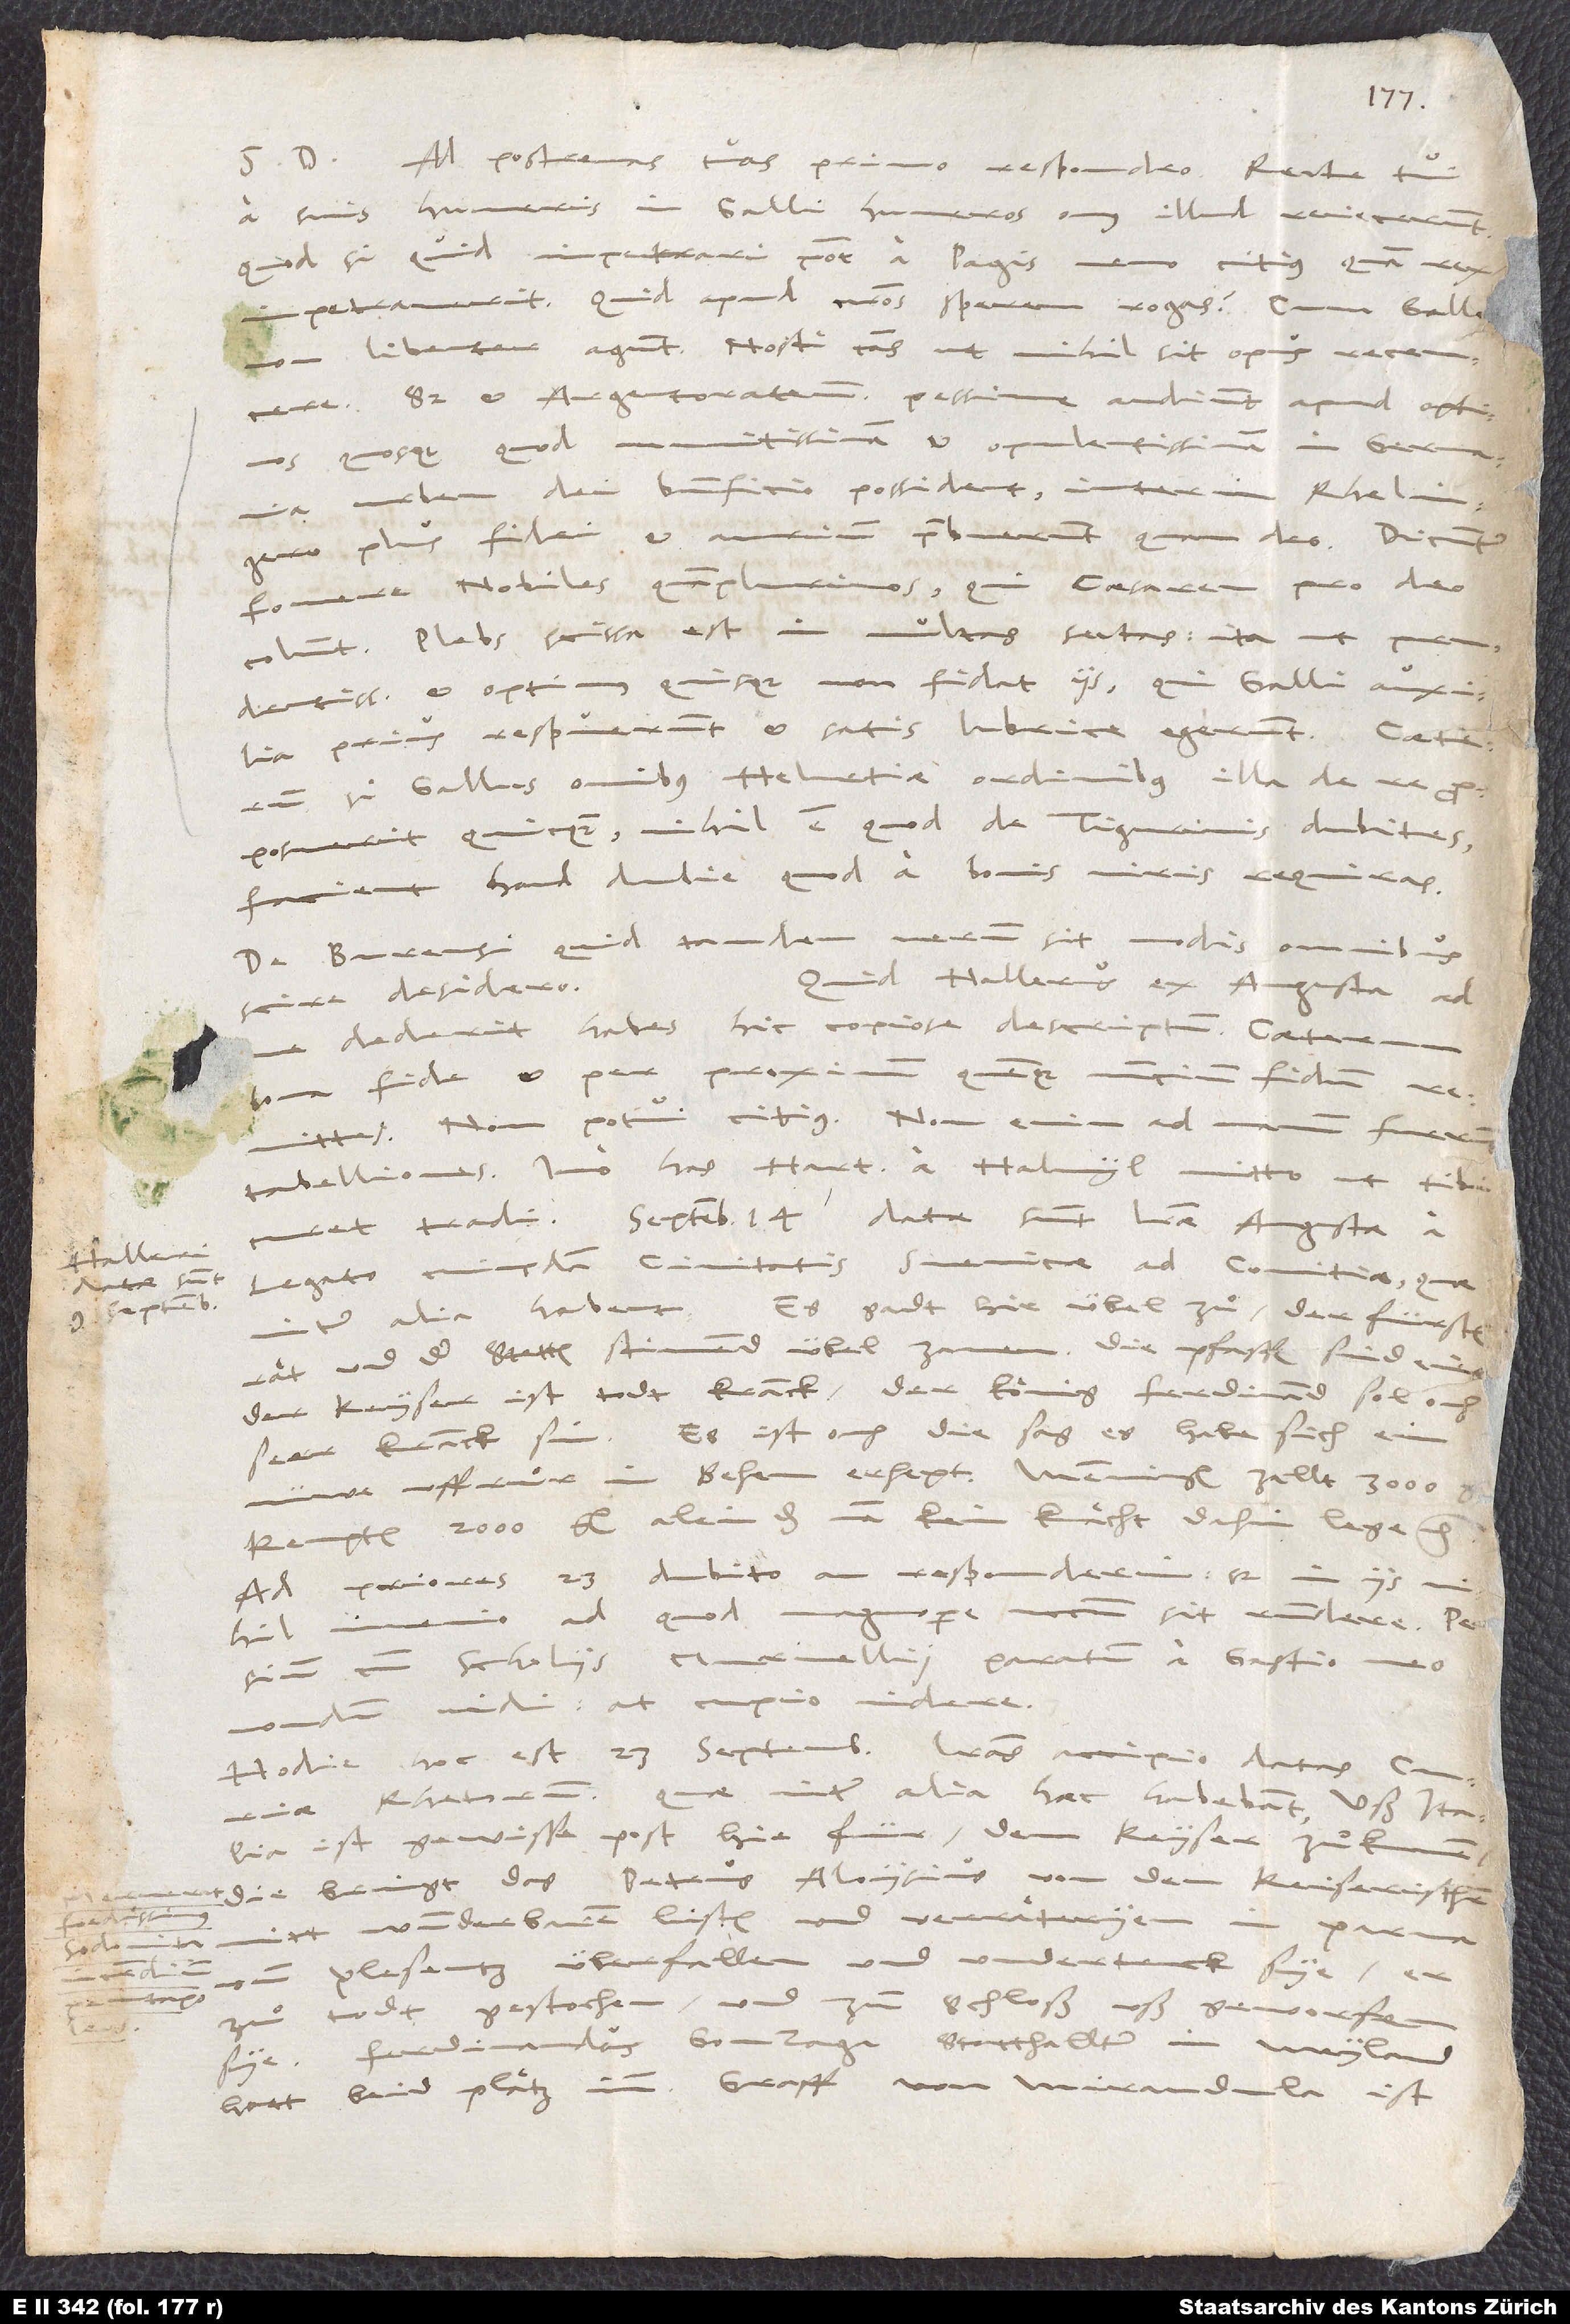
D. Ad postremas tuas primo respondeo. Recte tui
S.
a suis humeris in Galli humeros onus illud reiecerunt.
Quod, si quid impetrari potest a Pagis, nemo citius quam rex
impetraverit. Quid apud nostros sperem, rogas. Cum Gallo
non libenter agunt. Nosti causas, ut nihil sit opus recensere.
Sed et Argentoratenses pessime audiunt apud optimos
quosque, quod munitissimam et opulentissimam in
urbem dei beneficio possident, interim Rhelingero
plus fidei et aurium praebuerunt quam deo. Dicunt
fovere nobiles quamplurimos, qui caesarem pro deo
colunt. Plebs scissa est in multas sectas, ita ut
prudentissimus et optimus quisque non fidat iis, qui Galli auxilia
prius respuerunt et satis lubrice egerunt. Caeterum
si Gallus omnibus Helvetiae ordinibus illa de re
proposuerit quicquam, nihil est, quod de Tigurinis dubites.
Facient haud dubie, quod a bonis viris requiras.
De Burensi quid tandem verum sit, modis omnibus
Quid Hallerus ex Augusta ad
scire desidero.
dederit, habes hic copiose descriptum(
bona fide et per proximum quemque nuncium fidum
Non potui citius. Non enim ad manum fuerunt
tabelliones. Imo has Hart a Halwyl mitto, ut tibi
legato cuiusdam civitatis suevicae ad comitia, quae
datae sunt
inter alia habent: „Es gadt hie übel zuͦ. Der fürsten
rät und der stetten stimmend übel zamen. Die pfaffen sind eins.
Der keyser ist todtkranck. Der könig Ferdinand sol ouch
seer kranck sin. Es ist ouch die sag, es habe sich ein
nüwe uffruͦr in Behem erhept. Memmingen zallt 3’000
Kempten 2’000 gl., alein, das man kein knächt dahin lege“, etc.
Ad priores 23. dubito an responderim, sed in iis nihil
necessarium sit respondere.
ad quod
cum scholiis Murmellii paratum a Gastio meo
nondum vidi; at cupio videre!
Hodie, hoc est 23. septembris, literas accipio datas
Rhetorum, quae inter alia haec habebant: „Uß Italia
ist gewüsse post hie für dem keyser zuͦkumen.
Die bringt, das Petrus Aloysius von den keiserischen
mitt wunderbaren listen und verräteryen in Parma
und Plesentz überfallen und undertruck sye, er
incendium
zuͦ todt gestochen und zum schloß ußgeworfen
Ferdinandus Gonzaga, statthallter in Meyland,
hatt beid plätz inn. „Graff von Mirandula ist